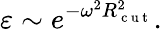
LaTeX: \varepsilon\sim e^{-\omega^{2}R_{\mathrm{~c~u~t~}}^{2}}.